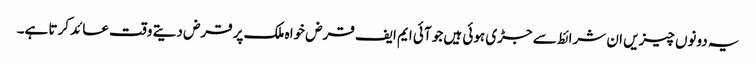
یہ دونوں چیزیں ان شرائط سے جڑی ہوئی ہیں جو آئی ایم ایف قرض خواہ ملک پر قرض دیتے وقت عائد کرتا ہے۔